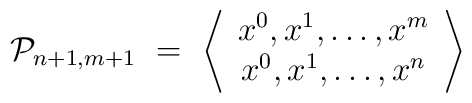
{\cal P}_{n+1,m+1} \ = \ \left \langle  \begin{array}{c}x^0,x^1,\dots,x^m  \\x^0, x^1, \dots,x^n \end{array} \right \rangle